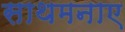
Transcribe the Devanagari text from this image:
साथमनाए